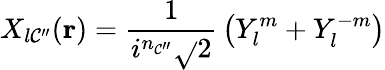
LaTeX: X_{l\mathcal{C}^{\prime\prime}}(\mathbf{{r}})={\frac{{1}}{{i^{n_{\mathcal{C}^{\prime\prime}}}{\sqrt{}{{2}}}}}}\left(Y_{l}^{m}+Y_{l}^{-m}\right)